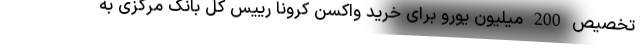
تخصیص 200 میلیون یورو برای خرید واکسن کرونا رییس کل بانک مرکزی به